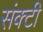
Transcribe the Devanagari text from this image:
संक्टी